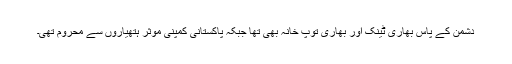
دشمن کے پاس بھاری ٹینک اور بھاری توپ خانہ بھی تھا جبکہ پاکستانی کمپنی موثر ہتھیاروں سے محروم تھی۔